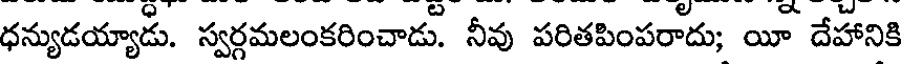
ధన్యుడయ్యాడు. స్వర్గమలంకరించాడు. నీవు పరితపింపరాదు; యీ దేహానికి